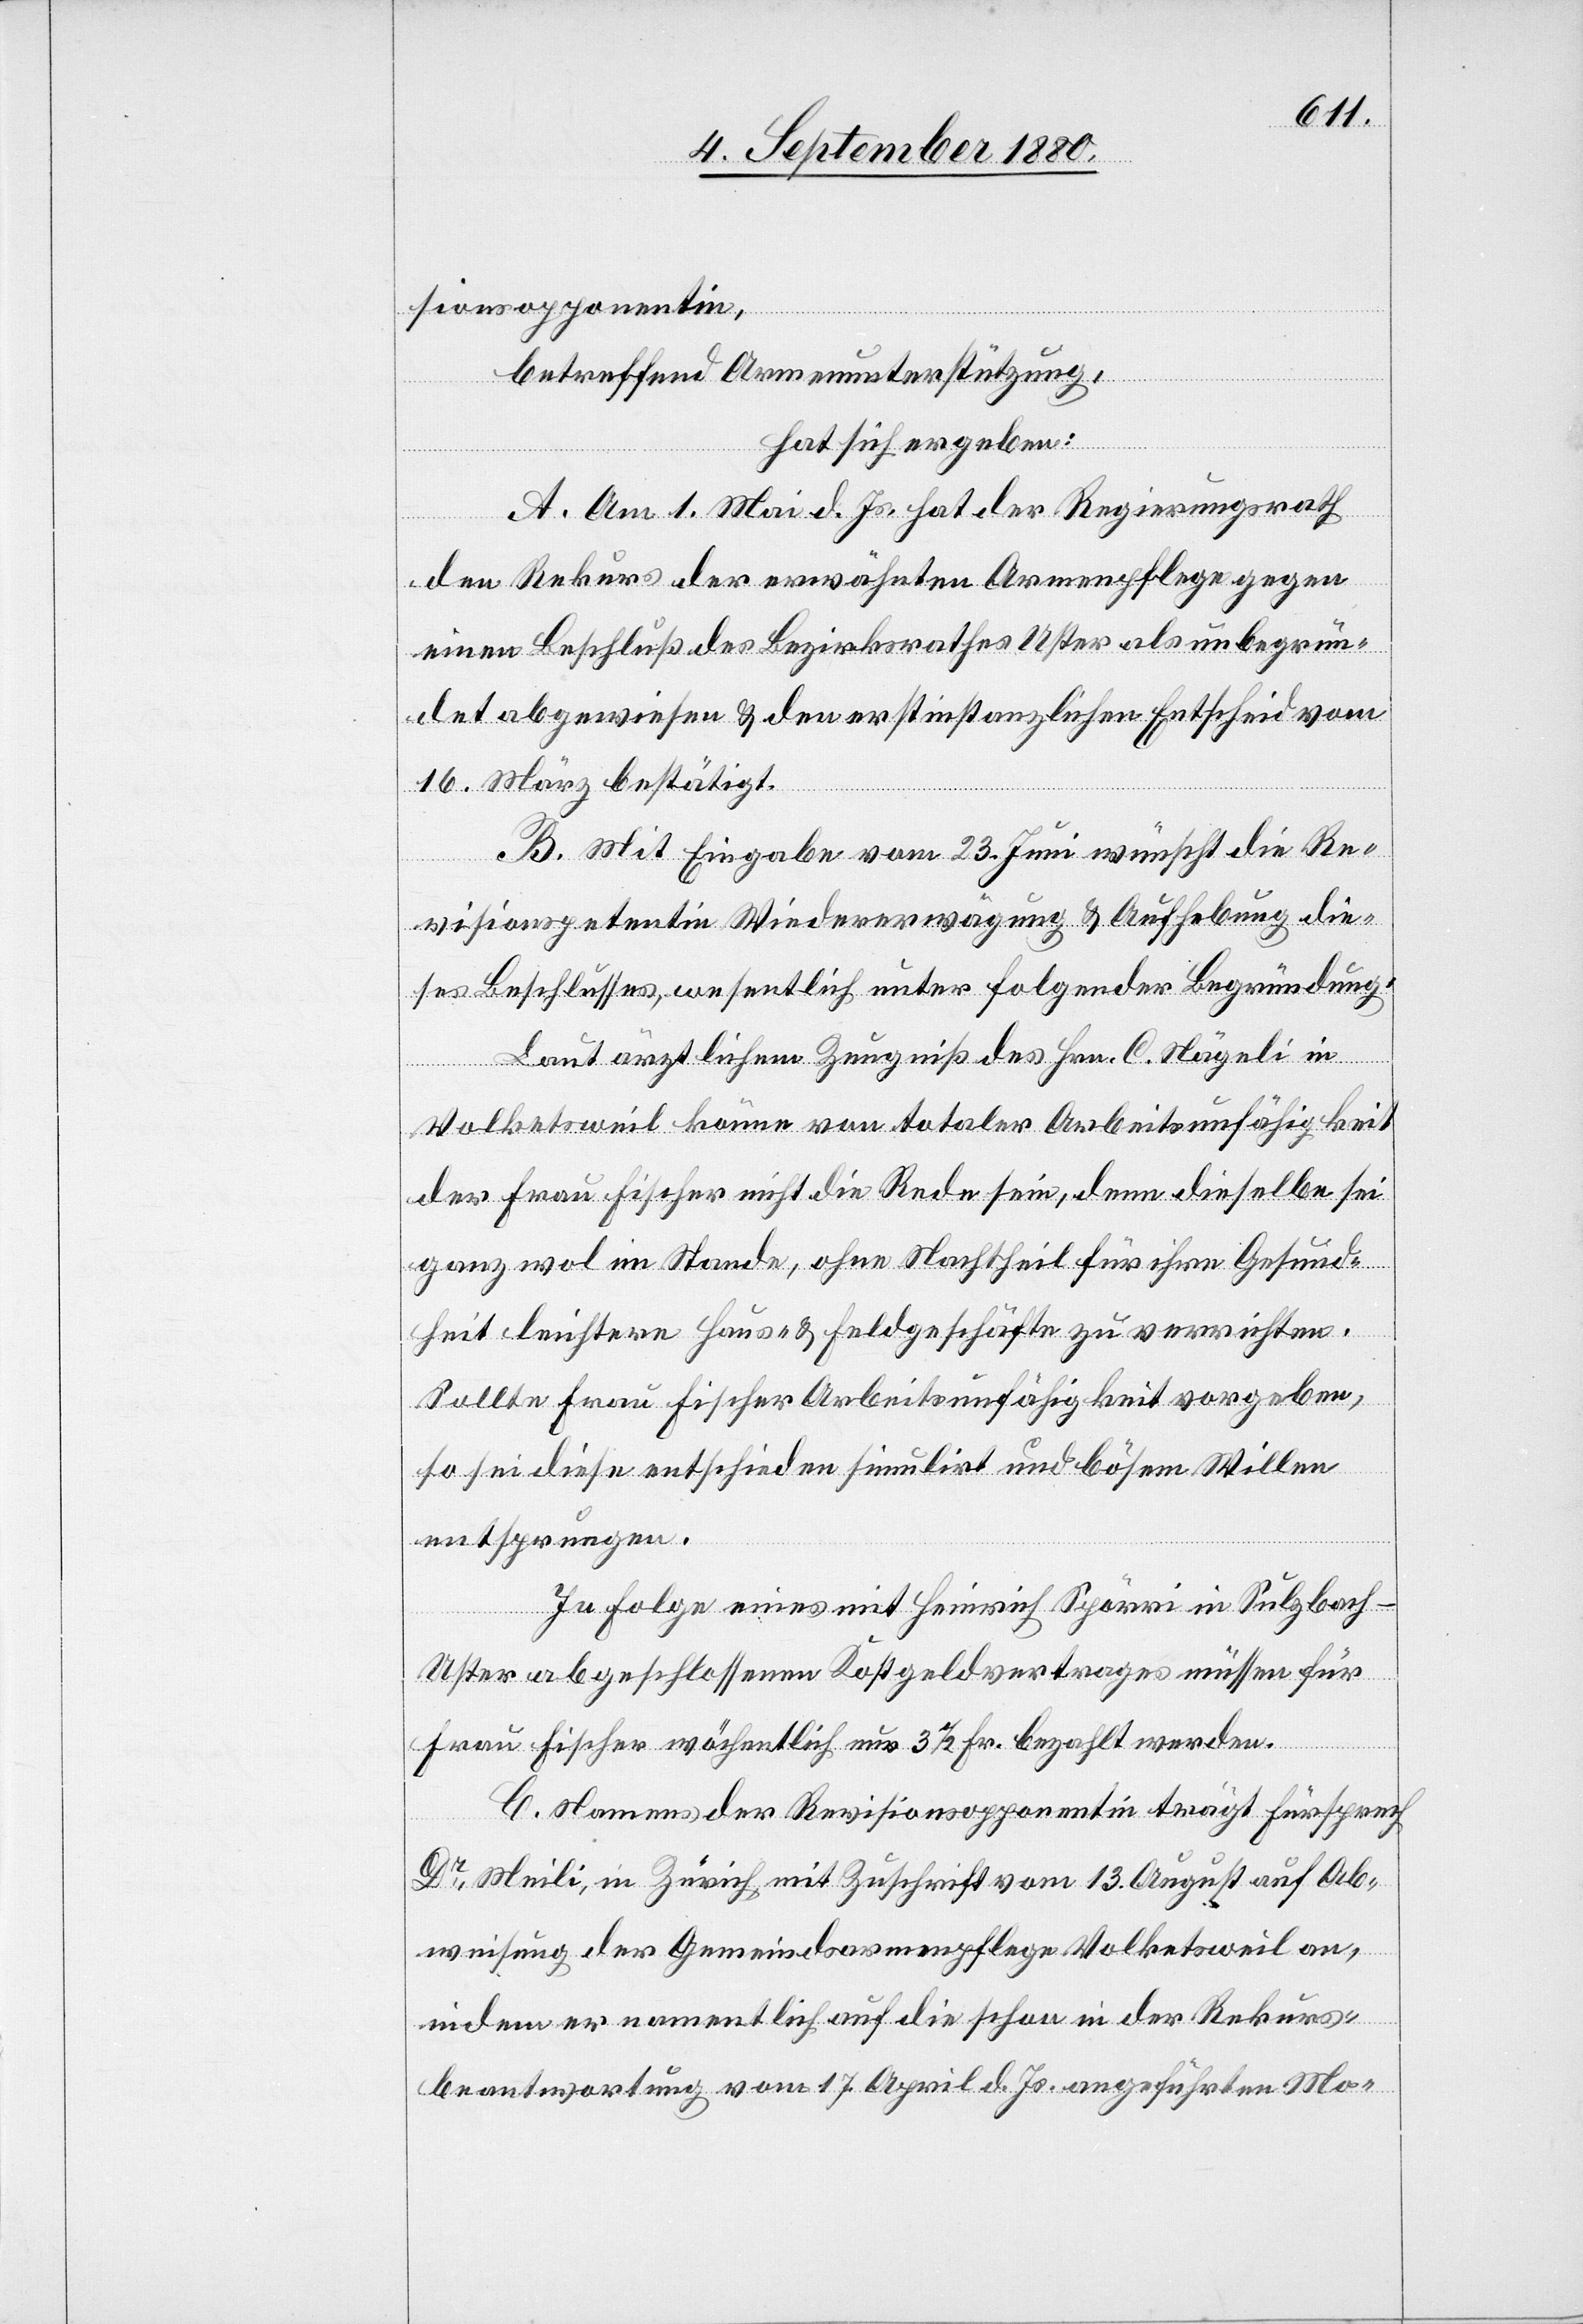
sionsopponentin,
betreffend Armenunterstützung,
hat sich ergeben:
A. Am 1. Mai d. Js. hat der Regierungsrath
den Rekurs der erwähnten Armenpflege gegen
einen Beschluß des Bezirksrathes Uster als unbegrün¬
det abgewiesen & den erstinstanzlichen Entscheid vom
16. März bestätigt.
B. Mit Eingabe vom 23. Juni wünscht die Re¬
visionspetentin Wiedererwägung & Aufhebung die¬
ses Beschlusses, wesentlich unter folgender Begründung:
Laut ärztlichem Zeugniß des Hrn. C. Nägeli in
Volketsweil könne von totaler Arbeitsunfähigkeit
der Frau Fischer nicht die Rede sein, denn dieselbe sei
ganz wol im Stande, ohne Nachtheil für ihre Gesund¬
heit leichtere Haus- & Feldgeschäfte zu verrichten.
Sollte Frau Fischer Arbeitsunfähigkeit vorgeben,
so sei diese entschieden simulirt und bösem Willen
entsprungen.
In Folge eines mit Heinrich Spörri in Sulzbach
Uster abgeschlossenen Kostgeldvertrages müssen für
Frau Fischer wöchentlich nur 3 1/2 Fr. bezahlt werden.
C. Namens der Revisionsopponentin trägt Fürsprech
Dr Meili, in Zürich mit Zuschrift vom 13. August auf Ab¬
weisung der Gemeindsarmenpflege Volketsweil an,
indem er namentlich auf die schon in der Rekurs¬
beantwortung vom 17. April d. Js. angeführten Mo-